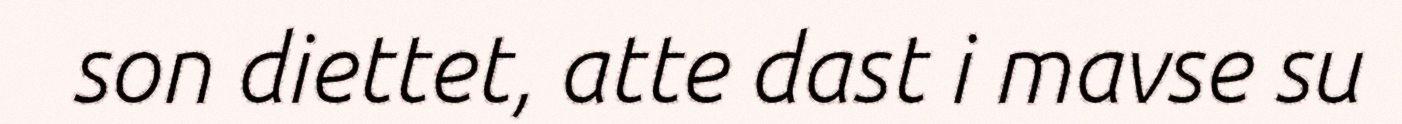
son diettet, atte dast i mavse su